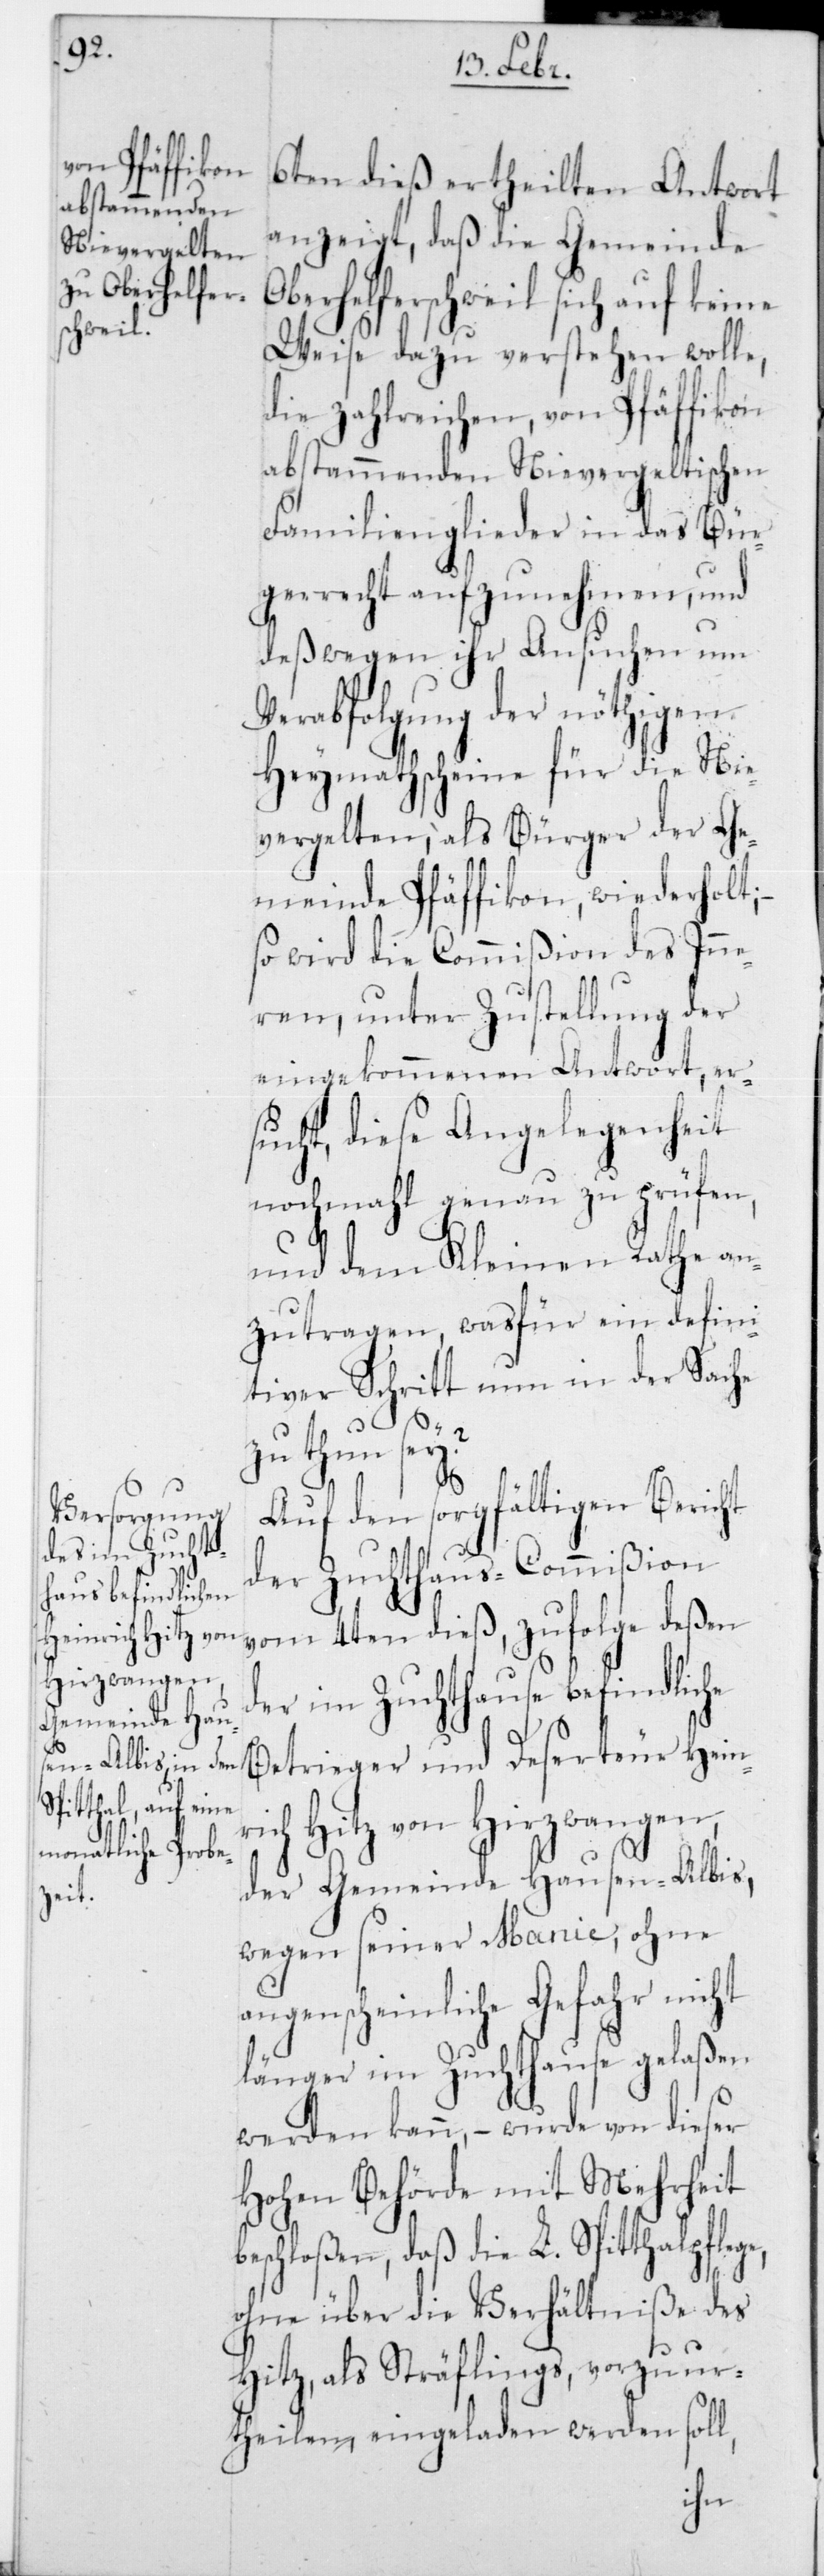
b¬

6ten dieß ertheilten Antwort
anzeigt, daß die Gemeinde
Oberhelfenschweil sich auf keine
Weise dazu verstehen wolle,
die zahlreichen, von Pfäffikon
abstammenden Nievergeltischen
Familienglieder in das Bür¬
gerrecht aufzunehmen, und
deßwegen ihr Ansuchen um
Verabfolgung der nöthigen
Heymathscheine für die Nie¬
vergelten; als Bürger der Ge¬
meinde Pfäffikon wiederholt, –
so wird die Commißion des Inne¬
rn, unter Zustellung der
eingekommenen Antwort, er¬
sucht, diese Angelegenheit
nochmahl genau zu prüfen,
und dem Kleinen Rathe an¬
zutragen, wasfür ein defini¬
tiver Schritt nun in der Sache
zu thun sey?
Auf den sorgfältigen Bericht
der Zuchthaus-Commißion
vom 4ten dieß, zufolge deßen
der im Zuchthause befindliche
Betrieger und Deserteur Heinr¬
ich Hitz von Hirzwangen,
der Gemeinde Hausen-Albis,
wegen seiner Manie, ohne
augenscheinliche Gefahr nicht
länger im Zuchthause gelaßen
werden kann, – wurde von dieser
Hohen Behörde mit Mehrheit
eschloßen, daß die L. Spitthalpfleg¬
ohne über die Verhältniße des
Hitz, als Sträflings, vorzuur¬
theilen, eingeladen werden soll,
e,